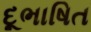
દૂભાષિત